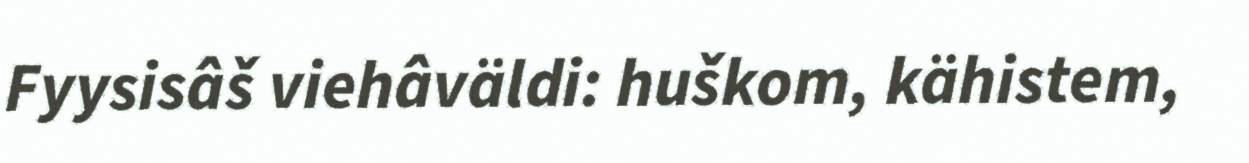
Fyysisâš viehâväldi: huškom, kähistem,